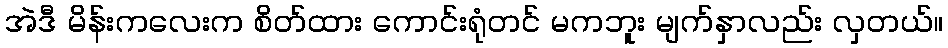
အဲဒီ မိန်းကလေးက စိတ်ထား ကောင်းရုံတင် မကဘူး မျက်နှာလည်း လှတယ်။